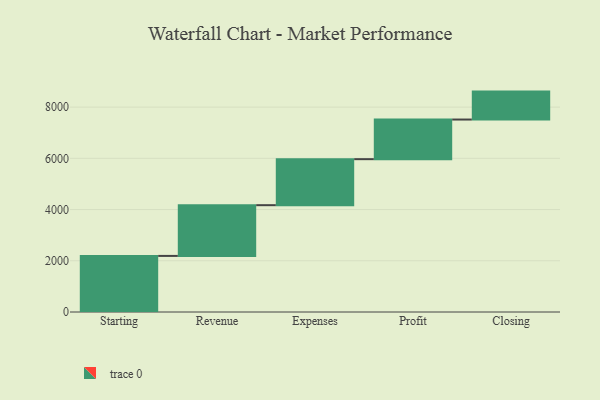
{"axis": {"x": "Step", "y": "Value"}, "legend": [""], "data": [{"x": "Starting", "y": 2190.0, "type": ""}, {"x": "Revenue", "y": 1981.0, "type": ""}, {"x": "Expenses", "y": 1797.0, "type": ""}, {"x": "Profit", "y": 1547.0, "type": ""}, {"x": "Closing", "y": 1091.0, "type": ""}]}